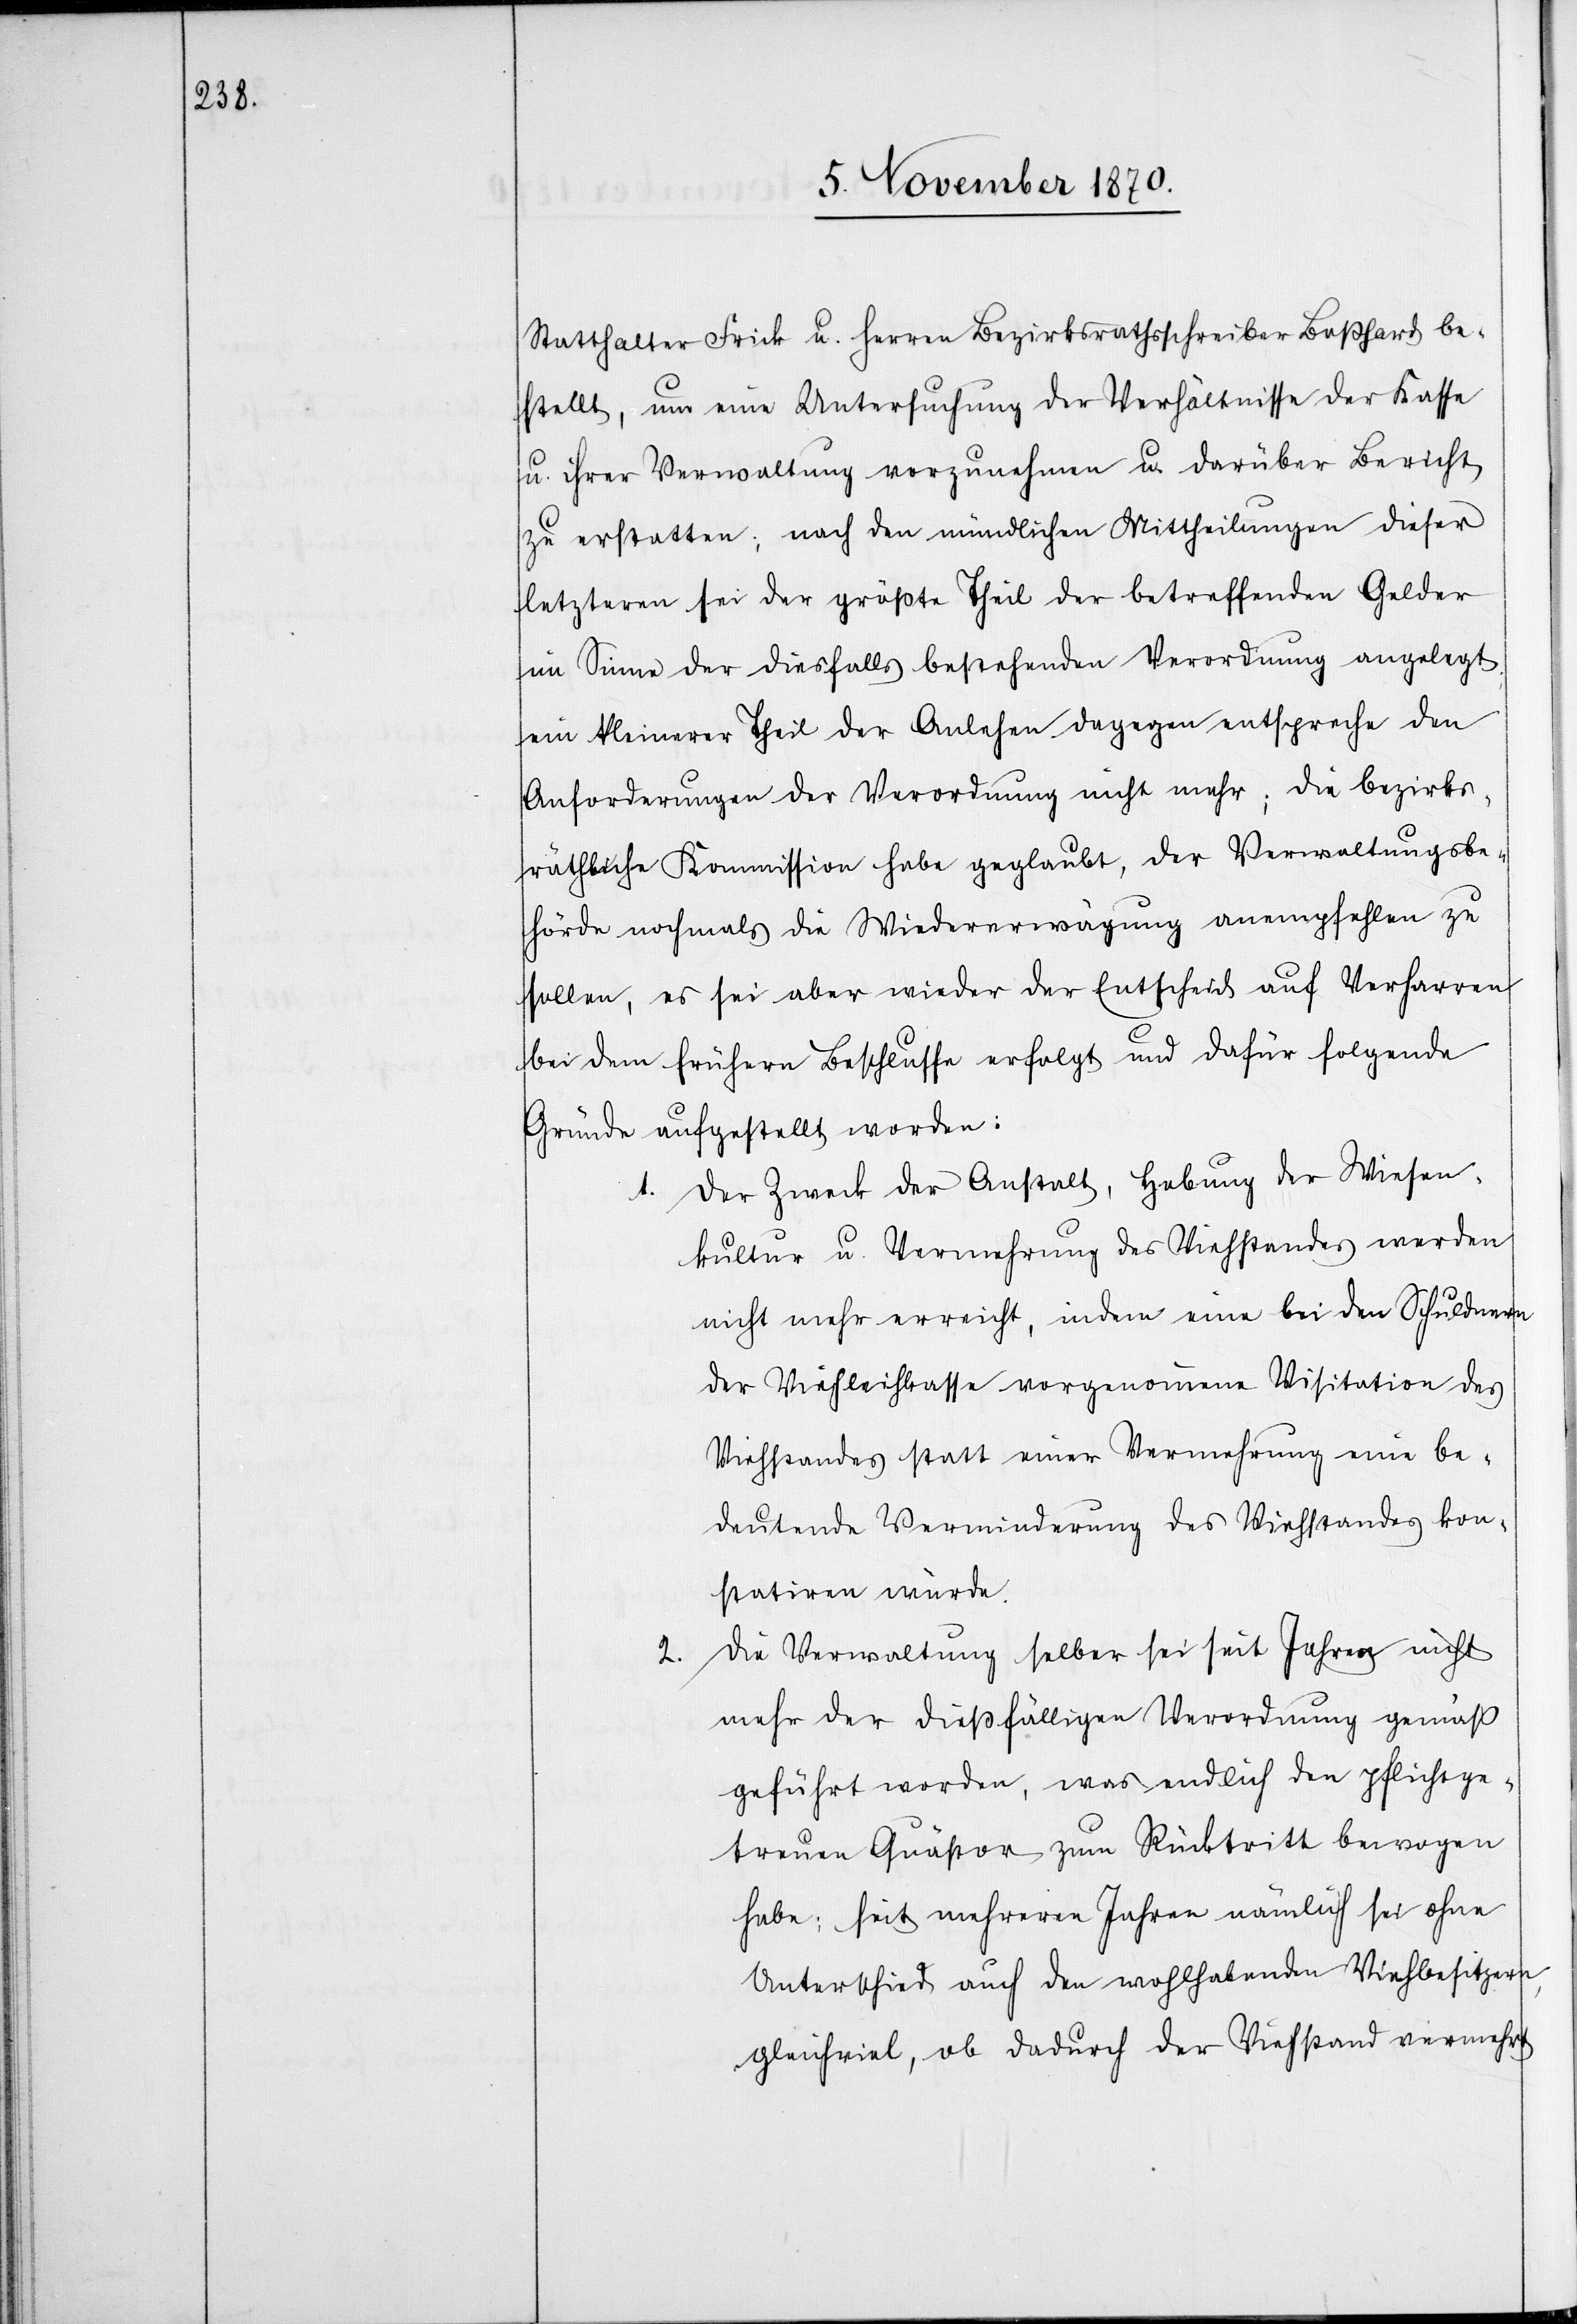
Statthalter Frick u. Herren Bezirksrathsschreiber Boßhard be¬
stellt, um eine Untersuchung der Verhältnisse der Kasse
u. ihrer Verwaltung vorzunehmen u. darüber Bericht
zu erstatten; nach den mündlichen Mittheilungen dieser
letzteren sei der größte Theil der betreffenden Gelder
im Sinne der diesfalls bestehenden Verordnung angelegt,
ein kleinerer Theil der Anlehen dagegen entspreche den
Anforderungen der Verordnung nicht mehr; die bezirks¬
räthliche Kommission habe geglaubt, der Verwaltungsbe¬
hörde nochmals die Wiedererwägung anempfehlen zu
sollen, es sei aber wieder der Entscheid auf Verharren
bei dem frühern Beschlusse erfolgt und dafür folgende
Gründe aufgestellt worden:
1. Der Zweck der Anstalt, Hebung der Wiesen¬
kultur u. Vermehrung des Viehstandes werden
nicht mehr erreicht, indem eine bei den Schuldnern
der Viehleihkasse vorgenommene Visitation des
Viehstandes statt einer Vermehrung eine be¬
deutende Verminderung des Viehstandes kon¬
statiren würde.
2. Die Verwaltung selber sei seit Jahren nicht
mehr der dießfälligen Verordnung gemäß
geführt worden, was endlich den pflichtge¬
treuen Quästor zum Rücktritt bewogen
habe; seit mehreren Jahren nämlich sei ohne
Unterschied auch den wohlhabenden Viehbesitzern,
gleichviel, ob dadurch der Viehstand vermehrt